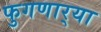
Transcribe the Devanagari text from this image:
फुगणार्‍या